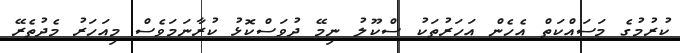
ކުރުމުގެ މަސައްކަތް އެހެން އަހަރުތަކު ސްކޫލު ނިމޭ ދުވަސްކޮޅު ކުރާނަމަވެސް މިއަހަރު މެދުތެރޭ